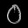
Digit: ၀